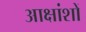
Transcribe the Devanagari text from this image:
आक्षांशों